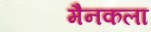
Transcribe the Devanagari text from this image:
मैनकला